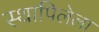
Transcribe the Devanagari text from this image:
स्थापिलेला